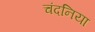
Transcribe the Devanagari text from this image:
चंदनिया